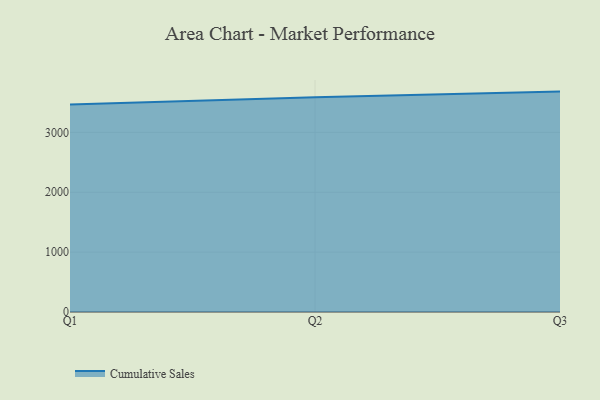
{"axis": {"x": "Quarter", "y": "Conversion Rate (%)"}, "legend": ["Cumulative Sales"], "data": [{"x": "Q1", "y": 3464.4, "type": "Cumulative Sales"}, {"x": "Q2", "y": 3585.3, "type": "Cumulative Sales"}, {"x": "Q3", "y": 3681.5, "type": "Cumulative Sales"}]}